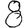
Digit: 8